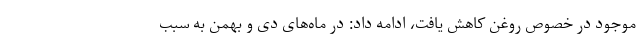
موجود در خصوص روغن کاهش یافت، ادامه داد: در ماه‌های دی و بهمن به سبب